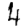
Digit: 4